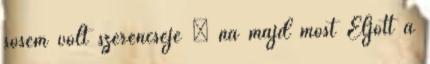
sosem volt szerencséje – na majd most Eljött a